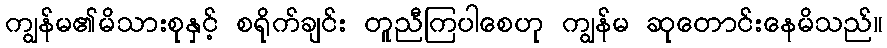
ကျွန်မ၏မိသားစုနှင့် စရိုက်ချင်း တူညီကြပါစေဟု ကျွန်မ ဆုတောင်းနေမိသည်။